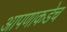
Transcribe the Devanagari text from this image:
आपणाकडेच